Vaccination report Assam 1896-1927 - 1896-1927
Year: 1896
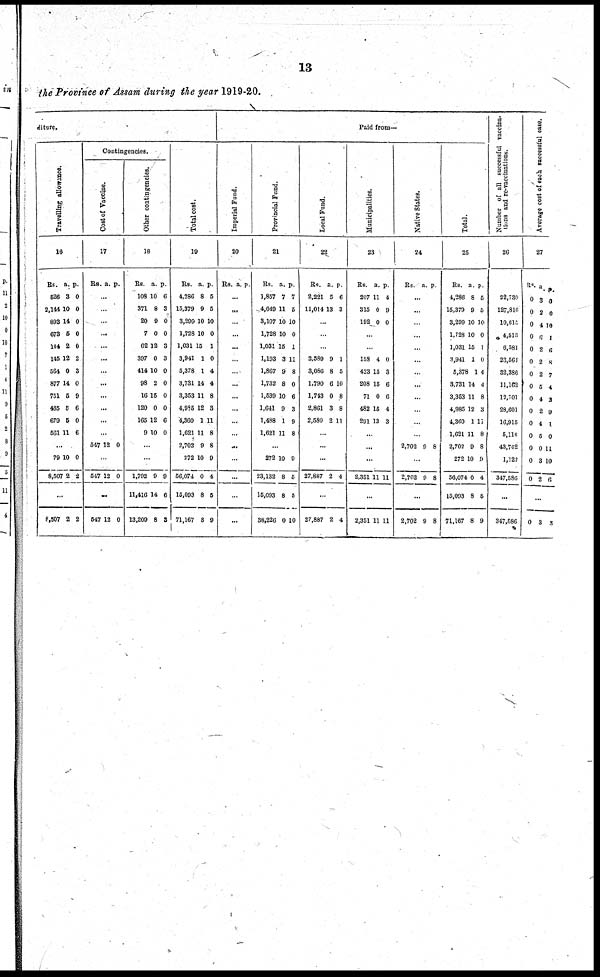
13
the Province of Assam during the year 1919-20.
diture.
Travelling allowance.
16
Rs.
526
2,144
893
673
144
145
564
877
751
465
679
561
a.
3
10
14
5
2
12
0
14
6
5
5
11
p.
0
0
0
0
0
2
3
0
9
6
0
6
...
79
8,507
10
2
0
2
...
8,507 2 2
Contingencies.
Cost of Vaccine.
17
Rs. a. p.
...
...
...
...
...
...
...
...
...
...
...
...
647 12 0
...
547 12 0
...
547 12 0
Other contingencies.
18
Rs.
108
371
20
7
62
397
414
98
16
120
165
9
a.
10
8
9
0
12
0
10
2
15
0
12
10
p.
6
3
0
0
3
3
0
0
0
0
6
0
...
...
1,792
11,416
13,209
9
14
8
9
6
8
Total cost.
19
Rs.
4,286
15,379
3,299
1,728
1,031
3,941
5,378
3,731
3,353
4,985
4,360
1,621
2,702
272
56,074
15,093
71,167
a.
8
9
10
10
15
1
1
14
11
12
1
11
9
10
0
8
8
p.
5
5
10
0
1
0
4
4
8
3
11
8
8
9
4
5
9
Paid from—
Imperial Fund.
20
Rs. a. p.
...
...
...
...
...
...
...
...
...
...
...
...
...
...
...
...
...
Provincial Fund.
21
Rs.
1,867
4,049
3,107
1,728
1,031
1,193
1,867
1,732
1,539
1,641
1,488
1,621
a.
7
11
10
10
15
3
9
8
10
9
1
11
p.
7
5
10
0
1
11
8
0
6
3
9
8
...
272
23,132
15,093
38,226
10
8
8
0
9
5
5
10
Local Fund.
22
Rs.
2,221
11,014
a.
5
13
p.
6
3
...
...
...
2,589
3,086
1,790
1,743
2,861
2,580
9
8
6
0
3
2
1
5
10
8
8
11
...
...
...
27,887 2 4
...
27,887 2 4
Municipalities.
23
Rs.
207
315
192
a.
11
0
0
p.
4
9
0
...
...
158
423
208
71
482
291
4
15
15
0
15
13
0
3
6
6
4
3
...
...
...
2,351 11 11
...
2,351 11 11
Native States.
24
Rs. a. p.
...
...
...
...
...
...
...
...
...
...
...
...
2,702 9 8
...
2,702 9 8
...
2,702 9 8
Total.
25
Rs.
4,286
15,379
3,299
1,728
1,031
3,941
5,378
3,731
3,353
4,985
4,360
1,621
2,702
272
56,074
15,093
71,167
a.
8
9
10
10
15
1
1
14
11
12
1
11
9
10
0
8
8
p.
5
5
10
0
1
0
4
4
8
3
11
8
8
9
4
6
9
Number of all successful vaccina¬
tions and re-vaccinations.
26
22,730
127,816
10,615
4,515
6,581
23,561
32,386
11,162
12,701
28,601
16,915
5,116
43,762
1,122
347,586
...
347,586
Average cost of each successful ease.
27
Rs.
0
0
0
0
0
0
0
0
0
0
0
0
0
0
0
a.
3
2
4
6
2
2
2
5
4
2
4
5
0
3
2
p.
0
0
10
1
6
8
7
4
3
9
1
0
11
10
6
...
0 3 3